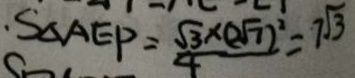
S _ { \Delta A E P } = \frac { \sqrt { 3 } \times ( 2 \sqrt { 7 } ) ^ { 2 } } { 4 } = 7 \sqrt { 3 }